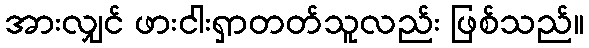
အားလျှင် ဖားငါးရှာတတ်သူလည်း ဖြစ်သည်။